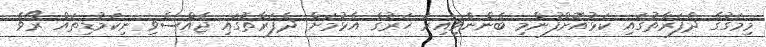
މިމަގުގެ ދެފަރާތުގައި ކަޅުއޮށްފުންމި ބެންނެވިއިރު ހަރުގެ އެޅުމަށް ދެފަރާތުގައި ޖެއްސެވި ނިކަމުޑިތައް ރޯވެ